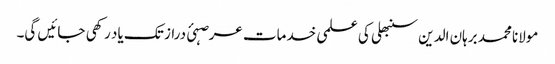
مولانا محمد برہان الدین سنبھلی کی علمی خدمات عرصہئ دراز تک یاد رکھی جائیں گی۔